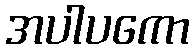
အပါပကော